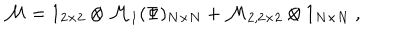
\mathcal { M } = 1 _ { 2 \times 2 } \otimes \mathcal { M } _ { 1 } ( \Phi ) _ { N \times N } + \mathcal { M } _ { 2 , 2 \times 2 } \otimes 1 _ { N \times N } \ ,